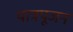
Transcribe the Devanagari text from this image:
पात्रपूजन